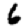
Digit: 6